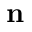
\mathbf { n }